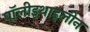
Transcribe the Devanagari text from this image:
पॉलीइथाइलीन